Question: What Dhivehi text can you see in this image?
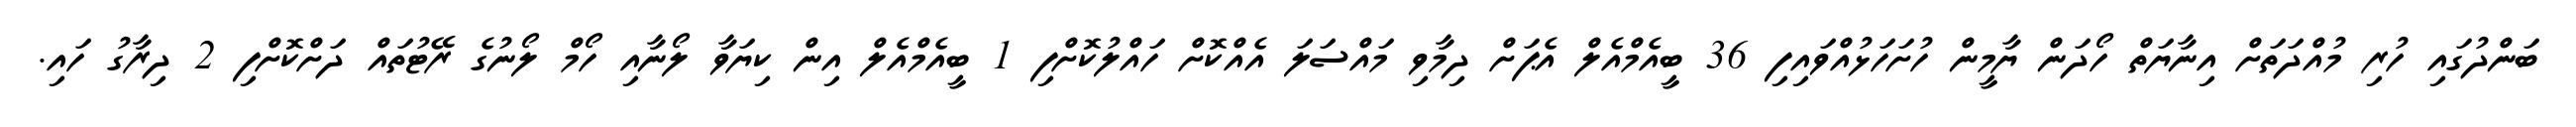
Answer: ބަންދުގައި ހުރި މުއްދަތަށް އިނާޔަތް ހޯދަން ޔާމީން ހުށަހަޅުއްވައިފި 36 ބީއެމްއެލް އެޕަށް ދިމާވި މައްސަލަ އެއްކޮށް ހައްލުކޮށްފި 1 ބީއެމްއެލް އިން ކިޔަވާ ލޯނާއި ހޯމް ލޯނުގެ ރޭޓުތައް ދަށްކޮށްފި 2 ދިރާގު ހައި.